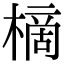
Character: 樀